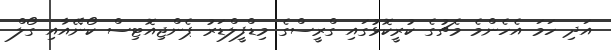
އަދި ހަމަ އެހެންމެ މެޗުގެ ކުރީކޮޅުގައި ގްރީސްގެ މިޑްފީލްޑަރު ޕެންޖިއޮޓިސް ކޯނޭއާއި ގޯލް